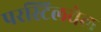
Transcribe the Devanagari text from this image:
परस्टिलवेल